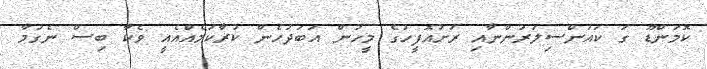
ކޮމަންޑޫ ގަ ކައުންސިލަރުންނާއި ރަށުއޮފީހުގެ މީހުން އަބަދުހެން ކުރާކަމެއްއެއީ ވެކާ ބިސް ނެގުމާ